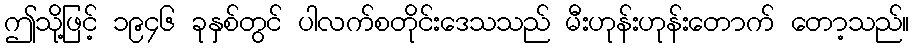
ဤသို့ဖြင့် ၁၉၄၆ ခုနှစ်တွင် ပါလက်စတိုင်းဒေသသည် မီးဟုန်းဟုန်းတောက် တော့သည်။